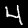
Digit: 4